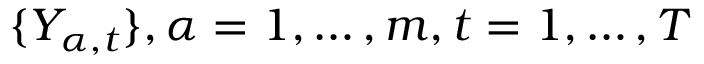
\{ Y _ { \alpha , t } \} , \alpha = 1 , \ldots , m , t = 1 , \ldots , T